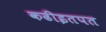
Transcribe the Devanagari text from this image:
कढीइतपत